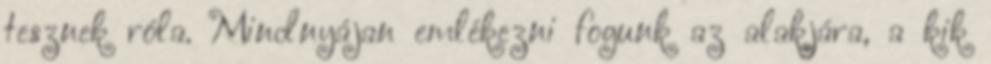
tesznek róla. Mindnyájan emlékezni fogunk az alakjára, a kik